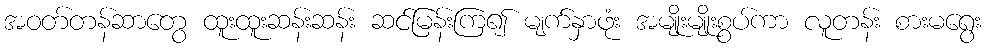
အဝတ်တန်ဆာတွေ ထူးထူးဆန်းဆန်း ဆင်မြန်းကြ၍ မျက်နှာဖုံး အမျိုးမျိုးစွပ်ကာ လူတန်း စားမရွေး